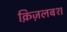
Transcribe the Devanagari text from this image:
क़िज़लबश